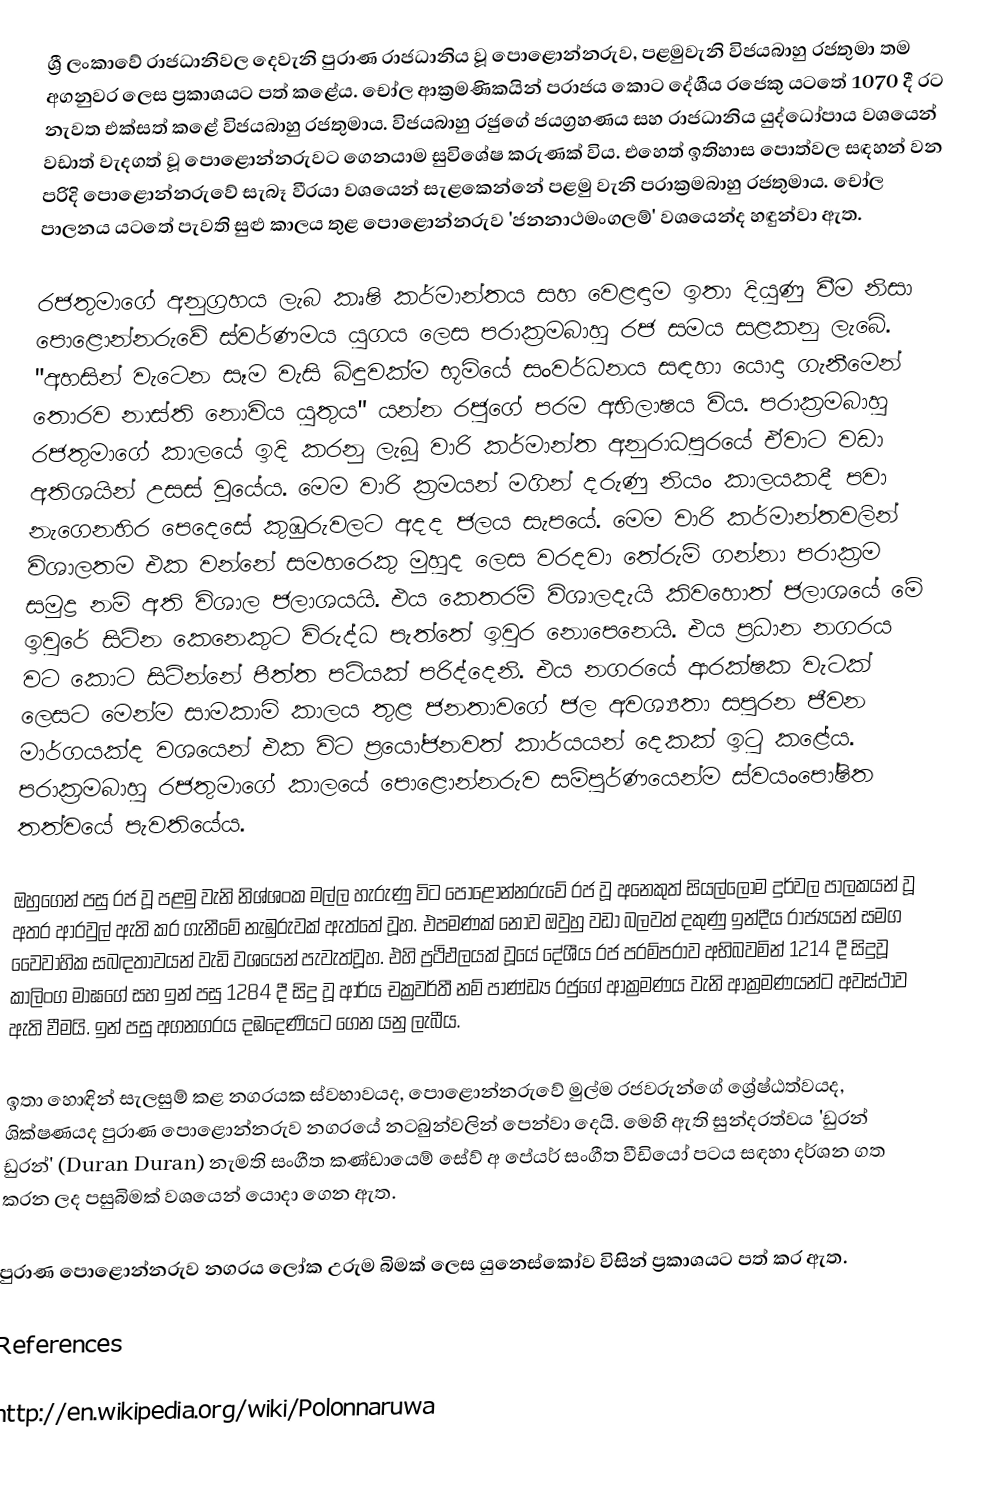
ශ්‍රී ලංකාවේ රාජධානිවල දෙවැනි පුරාණ රාජධානිය වූ පොළොන්නරුව, පළමුවැනි විජයබාහු රජතුමා තම අගනුවර ලෙස ප්‍රකාශයට පත් කළේය. චෝල ආක්‍රමණිකයින් පරාජය කොට දේශීය රජෙකු යටතේ 1070 දී රට නැවත එක්සත් කළේ විජයබාහු රජතුමාය. විජයබාහු රජුගේ ජයග්‍රහණය සහ රාජධානිය යුද්ධෝපාය වශයෙන් වඩාත් වැදගත් වූ පොළොන්නරුවට ගෙනයාම සුවිශේෂ කරුණක් විය. එහෙත් ඉතිහාස පොත්වල සඳහන් වන පරිදි පොළොන්නරුවේ සැබෑ වීරයා වශයෙන් සැළකෙන්නේ පළමු වැනි පරාක්‍රමබාහු රජතුමාය. චෝල පාලනය යටතේ පැවති සුළු කාලය තුළ පොළොන්නරුව 'ජනනාථමංගලම්' වශයෙන්ද හඳුන්වා ඇත.

රජතුමාගේ අනුග්‍රහය ලැබ කෘෂි කර්මාන්තය සහ වෙළඳාම ඉතා දියුණු වීම නිසා පොළොන්නරුවේ ස්වර්ණමය යුගය ලෙස පරාක්‍රමබාහු රජ සමය සළකනු ලැබේ. "අහසින් වැටෙන සෑම වැසි බිඳුවක්ම භූමියේ සංවර්ධනය සඳහා යොදා ගැනීමෙන් තොරව නාස්ති නොවිය යුතුය" යන්න රජුගේ පරම අභිලාෂය විය. පරාක්‍රමබාහු රජතුමාගේ කාලයේ ඉදි කරනු ලැබූ වාරි කර්මාන්ත අනුරාධපුරයේ ඒවාට වඩා අතිශයින් උසස් වූයේය. මෙම වාරි ක්‍රමයන් මගින් දරුණු නියං කාලයකදී පවා නැගෙනහිර පෙදෙසේ කුඹුරුවලට අදද ජලය සැපයේ. මෙම වාරි කර්මාන්තවලින් විශාලතම එක වන්නේ සම‍හරෙකු මුහුද ලෙස වරදවා තේරුම් ගන්නා පරාක්‍රම සමුද්‍ර නම් අති විශාල ජලාශයයි. එය කෙතරම් විශාලදැයි කිවහොත් ජලාශයේ මේ ඉවුරේ සිටින කෙනෙකුට විරුද්ධ පැත්තේ ඉවුර නොපෙනෙයි. එය ප්‍රධාන නගරය වට කොට සිටින්නේ පීත්ත පටියක් පරිද්දෙනි. එය නගරයේ ආරක්ෂක වැටක් ලෙසට මෙන්ම සාමකාමි කාලය තුළ ජනතාවගේ ජල අවශ්‍යතා සපුරන ජීවන මාර්ගයක්ද වශයෙන් එක විට ප්‍රයෝජනවත් කාර්යයන් දෙකක් ඉටු කළේය. පරාක්‍රමබාහු රජතුමාගේ කාලයේ පොළොන්නරුව සම්පුර්ණයෙන්ම ස්වයංපෝෂිත තත්වයේ පැවතියේය.

ඔහුගෙන් පසු රජ වූ පළමු වැනි නිශ්ශංක මල්ල හැරුණු විට පොළොන්නරුවේ රජ වූ අනෙකුත් සියල්ලෝම දුර්වල පාලකයන් වූ අතර  ආරවුල් ඇති කර ගැනීමේ නැඹුරුවක් ඇත්තේ වූහ. එපමණක් නොව ඔවුහු වඩා බලවත් දකුණු ඉන්දීය රාජ්‍යයන් සමග වෛවාහික සබඳතාවයන් වැඩි වශයෙන් පැවැත්වූහ. එහි ප්‍රථිඵලයක් වූයේ දේශීය රජ පරම්පරාව අභිබවමින් 1214 දී සිදුවූ කාලිංග මාඝගේ සහ ඉන් පසු 1284 දී සිදු වූ ආර්ය චක්‍රවර්තී නම් පාණ්ඩ්‍ය රජුගේ ආක්‍රමණය වැනි ආක්‍රමණයන්ට අවස්ථාව ඇති වීමයි. ඉන් පසු අගනගරය දඹදෙණියට ගෙන යනු ලැබීය.

ඉතා හොඳින් සැලසුම් කළ නගරයක ස්වභාවයද, පොළොන්නරුවේ මුල්ම රජවරුන්ගේ ශ්‍රේෂ්ඨත්වයද, ශික්ෂණයද පුරාණ පොළොන්නරුව නගරයේ නටබුන්වලින් පෙන්වා දෙයි. මෙහි ඇති සුන්දරත්වය 'ඩුරන් ඩුරන්' (Duran Duran) නැමති සංගීත කණ්ඩායෙම් සේව් අ පේයර් සංගීත වීඩියෝ පටය සඳහා දර්ශන ගත කරන ලද පසුබිමක් වශයෙන් යොදා ගෙන ඇත.

පුරාණ පොළොන්නරුව නගරය ලෝක උරුම බිමක් ලෙස යුනෙස්කෝව විසින් ප්‍රකාශයට පත් කර ඇත.

References

http://en.wikipedia.org/wiki/Polonnaruwa